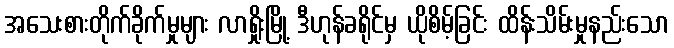
အသေးစားတိုက်ခိုက်မှုများ လာရှိုးမြို့ ဒီဟုန်ခရိုင်မှ ယိုစိမ့်ခြင်း ထိန်းသိမ်းမှုနည်းသော